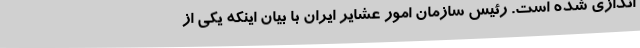
اندازی شده است. رئیس سازمان امور عشایر ایران با بیان اینکه یکی از